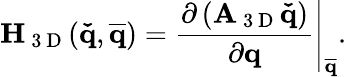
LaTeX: \mathbf{H}_{\mathrm{~3~D~}}(\mathbf{\check{q}},\mathbf{\overline{{q}}})=\left.\frac{\partial\left(\mathbf{A}_{\mathrm{~3~D~}}\mathbf{\check{q}}\right)}{\partial\mathbf{q}}\right|_{\mathbf{\overline{{q}}}}.